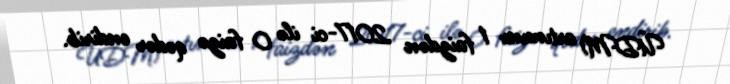
ÜDM) artımını 1 faizdən 2017-ci ilə 0 faizə qədər endirib.